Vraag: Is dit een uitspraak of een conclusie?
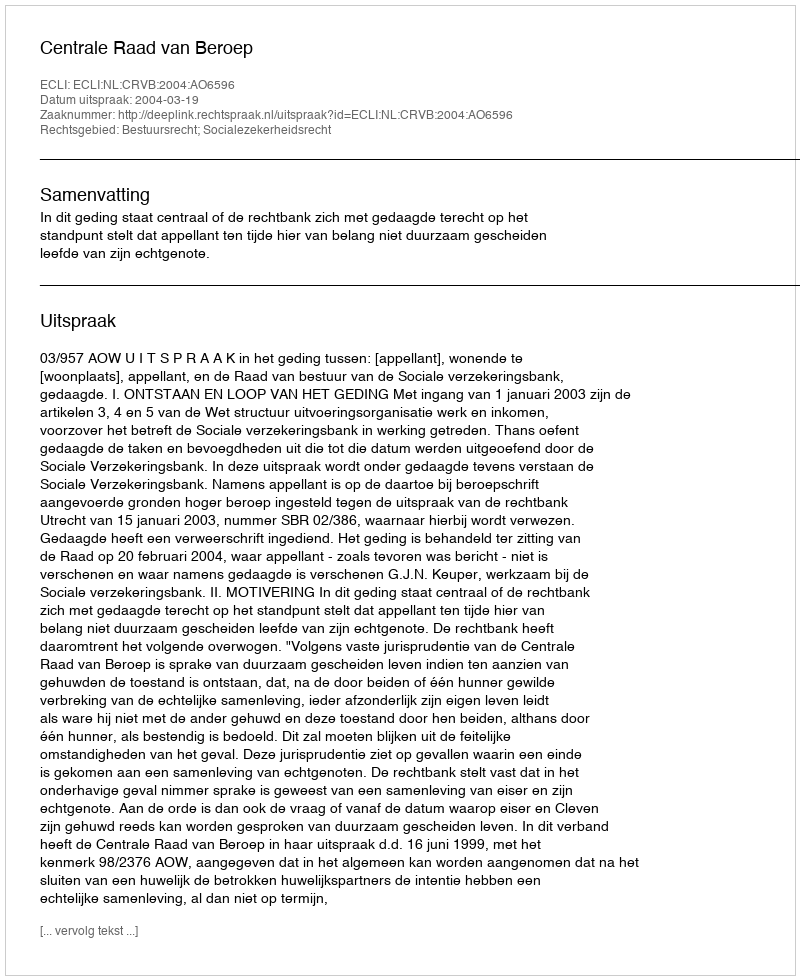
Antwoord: Uitspraak